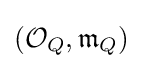
({\mathcal {O}}_{Q},{\mathfrak {m}}_{Q})